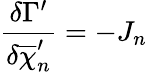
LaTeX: \frac{\delta\Gamma^{\prime}}{\delta\overline{{{\chi}}}_{n}^{\prime}}=-J_{n}